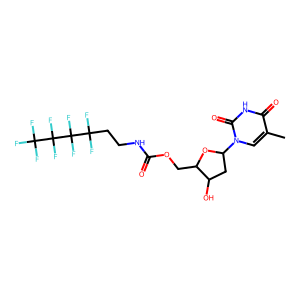
SMILES: Cc1cn(C2CC(O)C(COC(=O)NCCC(F)(F)C(F)(F)C(F)(F)C(F)(F)F)O2)c(=O)[nH]c1=O
Inhibits HIV replication: No